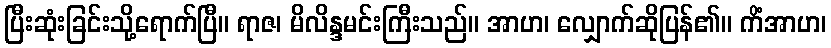
ပြီးဆုံးခြင်းသို့ရောက်ပြီ။ ရာဇ၊ မိလိန္ဒမင်းကြီးသည်။ အာဟ၊ လျှောက်ဆိုပြန်၏။ ကိံအာဟ၊